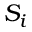
S _ { i }